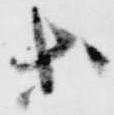
等